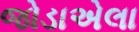
જોડાએલા